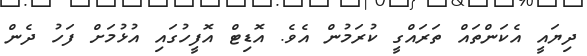
ދިޔައީ އެކަންތައް ތަރައްގީ ކުރަމުން އެވެ. އޮޑިޓް އޮފީހުގައި އުޅުމަށް ފަހު ދެން